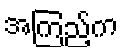
အကြည့်က